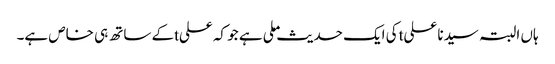
ہاں البتہ سیدنا علیtکی ایک حدیث ملی ہے جو کہ علیtکے ساتھ ہی خاص ہے۔